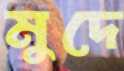
মুদে